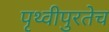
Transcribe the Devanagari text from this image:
पृथ्वीपुरतेच